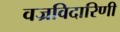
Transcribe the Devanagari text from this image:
वज्रविदारिणी